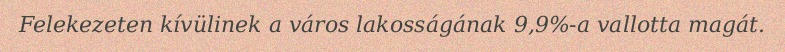
Felekezeten kívülinek a város lakosságának 9,9%-a vallotta magát.